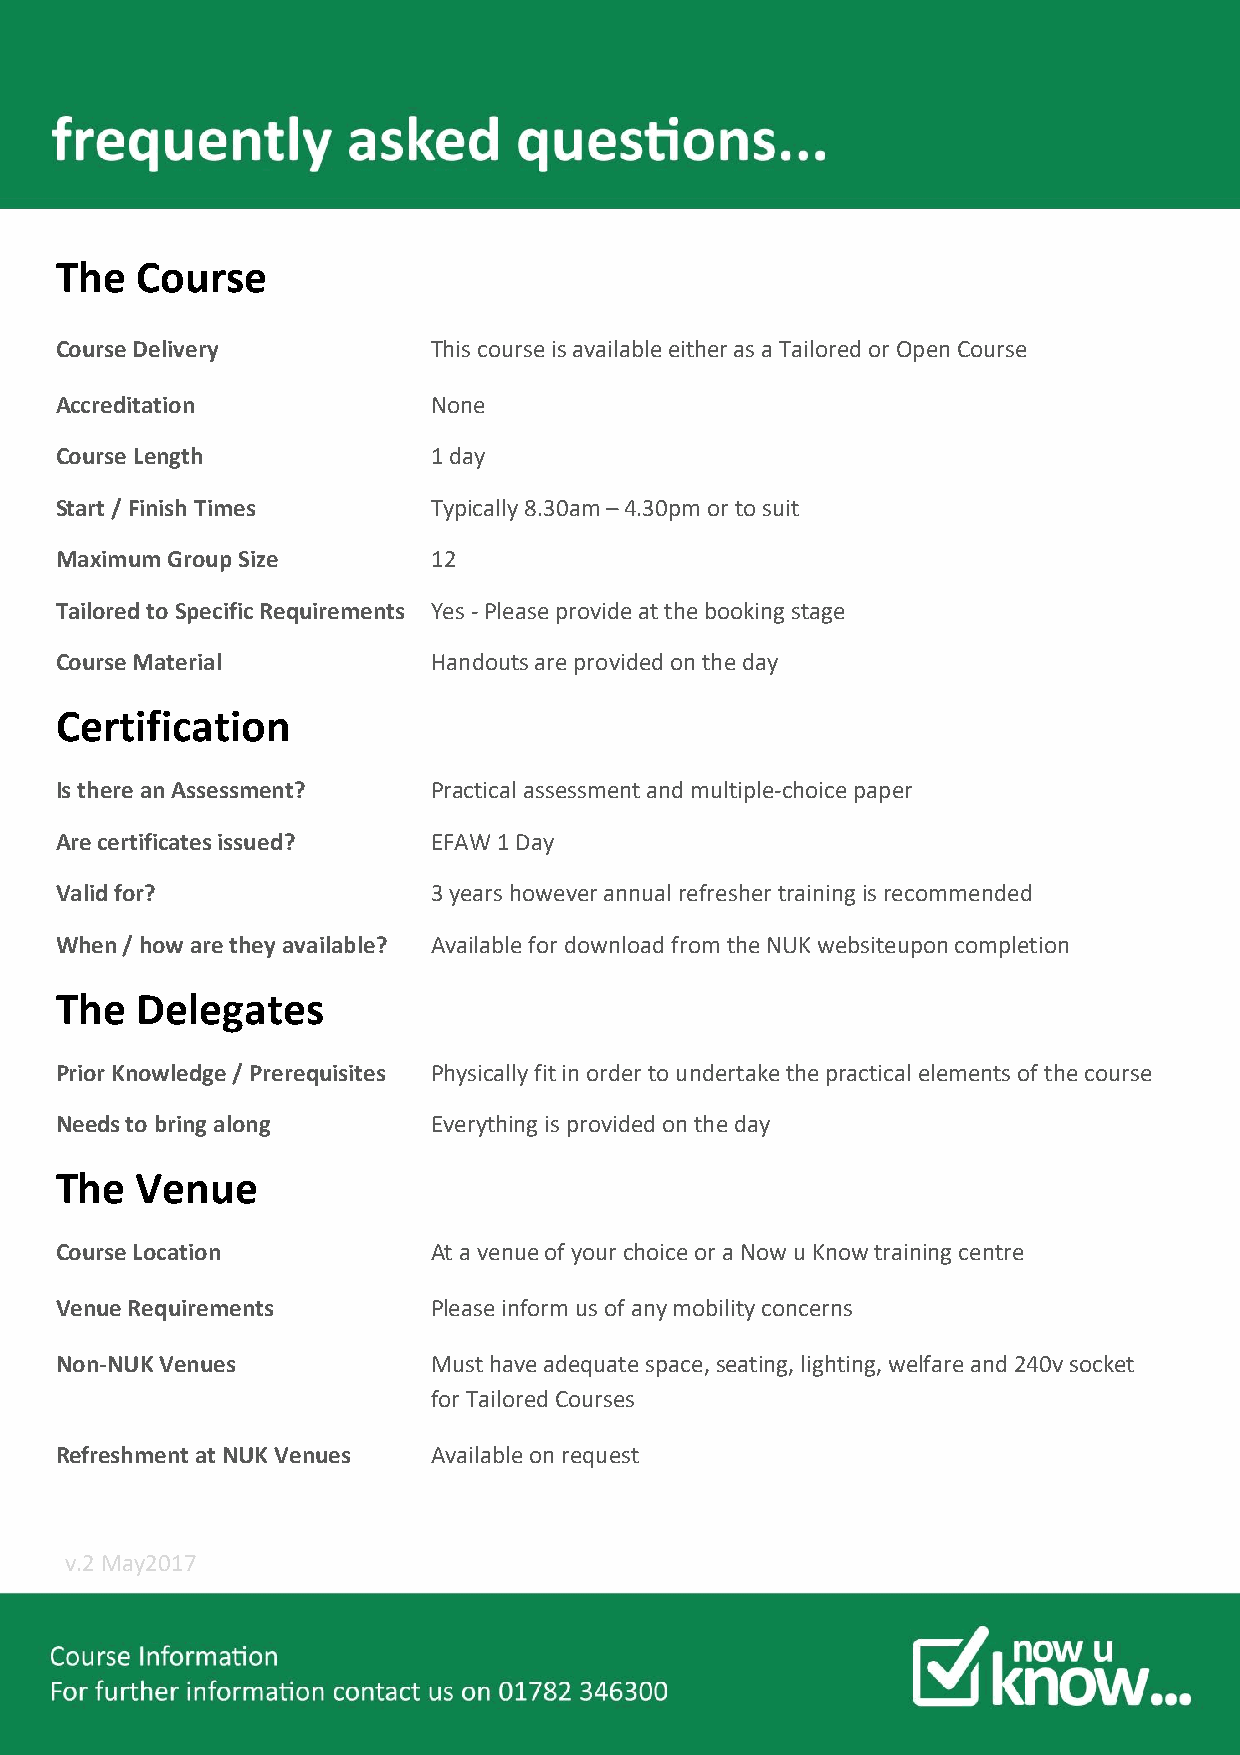
The  Course
 Course Delivery          This course is available either as a Tailored or Open Course
 Accreditation            None
 Course Length            1 day
 Start / Finish Times     Typically 8.30am – 4.30pm or to suit
 Maximum Group Size       12
 Tailored to Specific Requirements Yes - Please provide at the booking stage
 Course Material          Handouts are provided on the day
 Certification
 Is there an Assessment?  Practical assessment and multiple-choice paper
 Are certificates issued? EFAW 1 Day
 Valid for?               3 years however annual refresher training is recommended
 When / how are they available? Available for download from the NUK websiteupon completion
 The  Delegates
 Prior Knowledge / Prerequisites Physically fit in order to undertake the practical elements of the course
 Needs to bring along     Everything is provided on the day
 The  Venue
 Course Location          At a venue of your choice or a Now u Know training centre
 Venue Requirements       Please inform us of any mobility concerns
 Non-NUK Venues           Must have adequate space, seating, lighting, welfare and 240v socket
 for Tailored Courses
 Refreshment at NUK Venues Available on request
 v.2 May2017